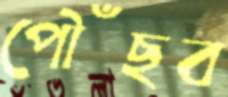
পৌঁছব